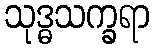
သုဒ္ဓသက္ခရာ